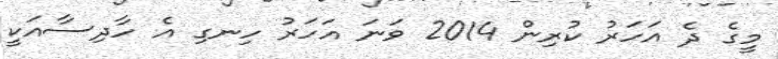
މީގެ ދެ އަހަރު ކުރިން 2014 ވަނަ އަހަރު ހިނގި އެ ހާދިސާއަކީ